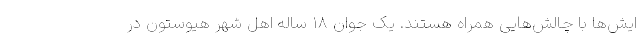
ایش‌ها با چالش‌هایی همراه هستند. یک جوان ۱۸ ساله اهل شهر هیوستون در